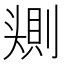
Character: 𰋰